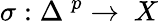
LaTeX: \sigma:\Delta\ ^{p}\rightarrow\ X